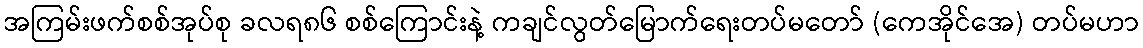
အကြမ်းဖက်စစ်အုပ်စု ခလရ၈၆ စစ်ကြောင်းနဲ့ ကချင်လွတ်မြောက်ရေးတပ်မတော် (ကေအိုင်အေ) တပ်မဟာ